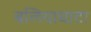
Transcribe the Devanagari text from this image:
बलियाघाटा